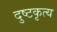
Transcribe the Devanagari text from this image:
दुष्टकृत्य